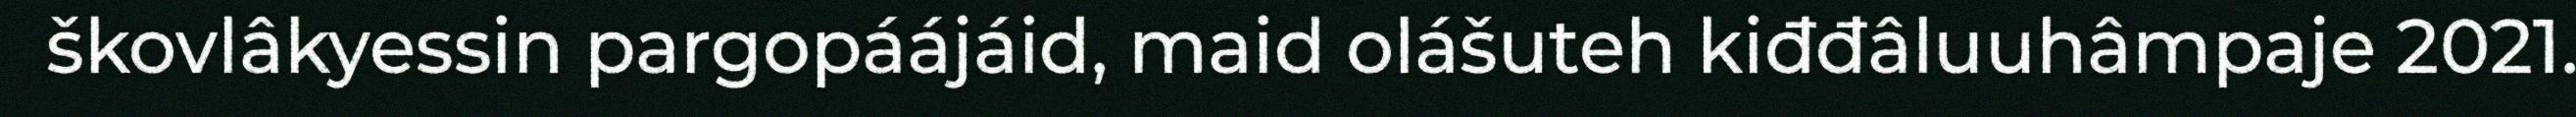
škovlâkyessin pargopáájáid, maid olášuteh kiđđâluuhâmpaje 2021.